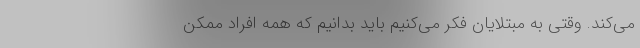
می‌کند. وقتی به مبتلایان فکر می‌کنیم باید بدانیم که همه افراد ممکن